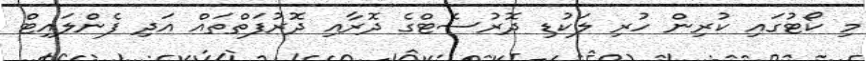
މި ކޯޓުގައި ކުރިން ހުރި ލަކުޑި ދޮރުސެޓްގެ ދޮރާއި ދޮރުފަތްތައް އަދި ފެންލައިޓް